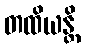
တထိယန္တိ